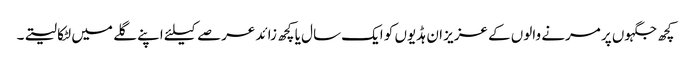
کچھ جگہوں پر مرنے والوں کے عزیز ان ہڈیوں کو ایک سال یا کچھ زائد عرصے کیلئے اپنے گلے میں لٹکا لیتے۔